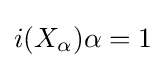
i(X_{\alpha })\alpha =1